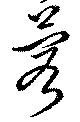
蓉